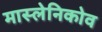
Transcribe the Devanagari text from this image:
मास्लेनिकोव